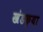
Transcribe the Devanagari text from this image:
खंडक्या